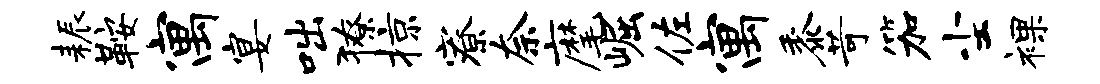
耨鞍寓宴咄獠掠寮奈麾崛佐寓黍苛笳尘裸